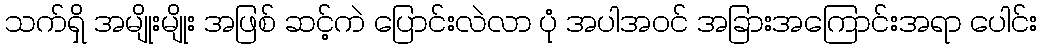
သက်ရှိ အမျိုးမျိုး အဖြစ် ဆင့်ကဲ ပြောင်းလဲလာ ပုံ အပါအဝင် အခြားအကြောင်းအရာ ပေါင်း